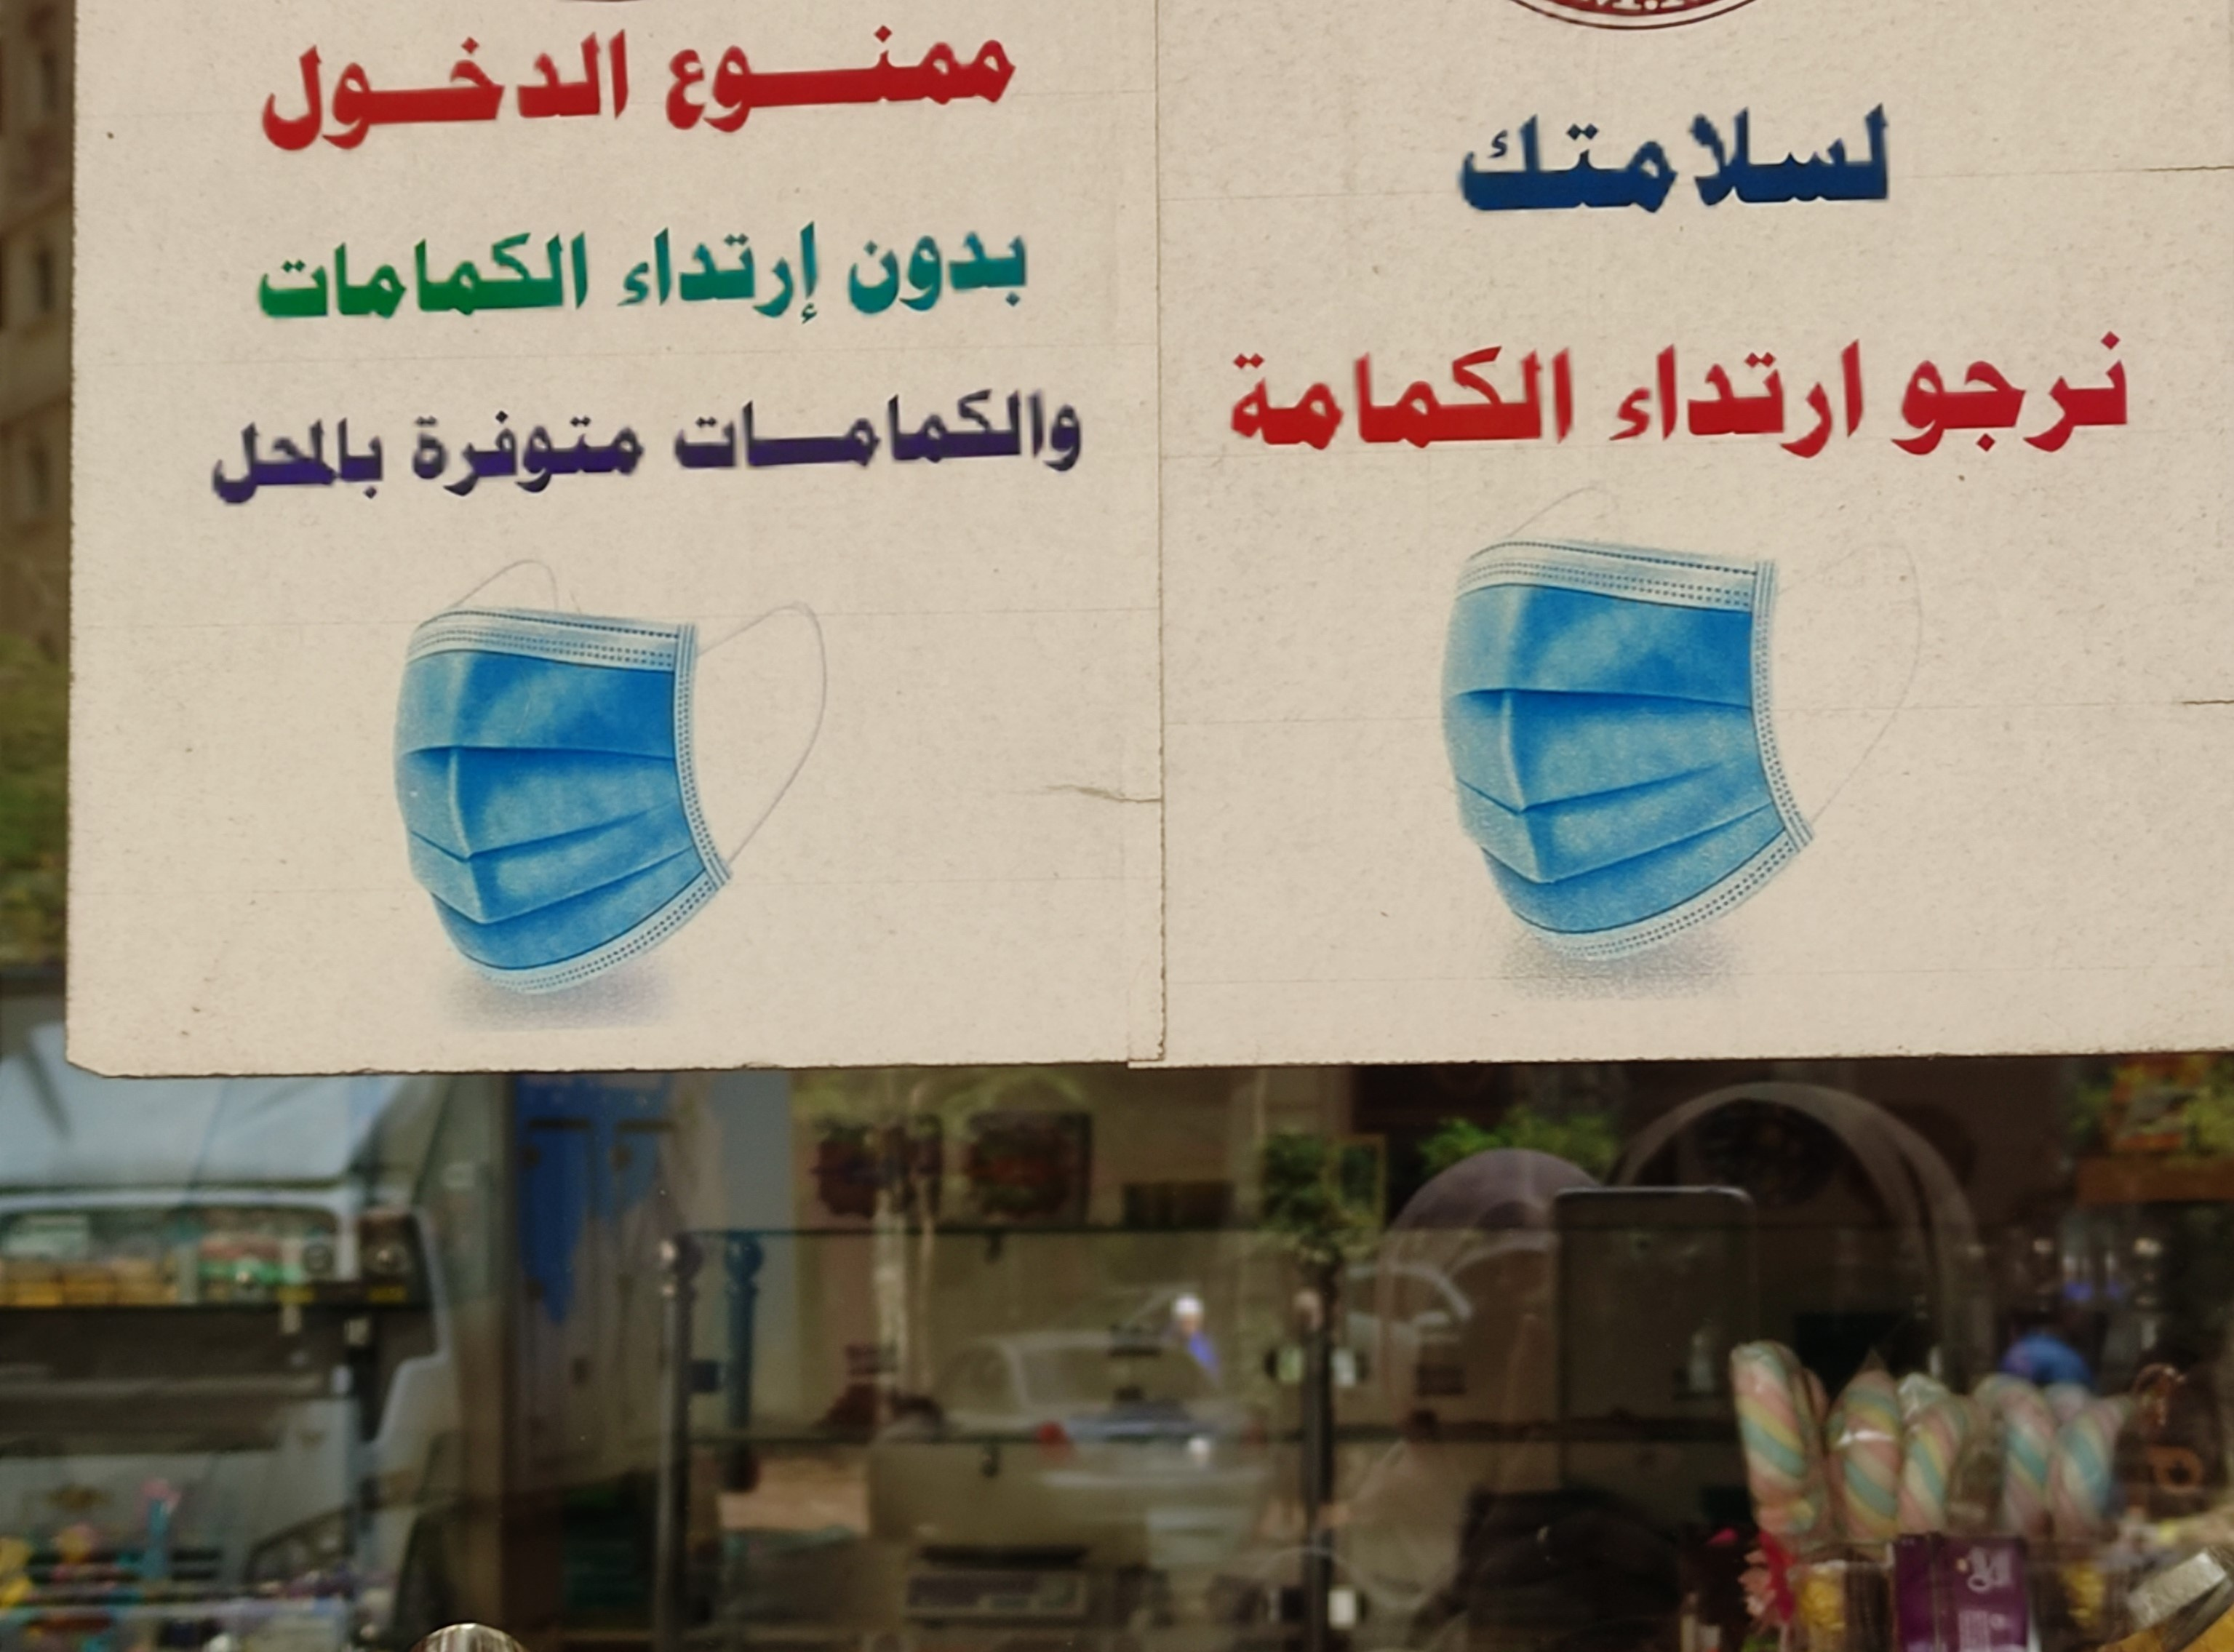
Text in image: ممنوع الدخول لسلامتك إرتداء بدون الكمامات ارتداء نرجو الكمامة والكمامات متوفرة بالمحل